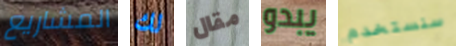
المشاريع لك مقال يبدو سنستخدم